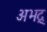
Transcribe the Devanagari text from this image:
अभद्र्